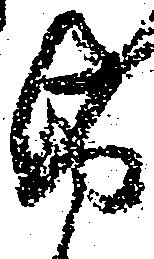
紙